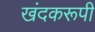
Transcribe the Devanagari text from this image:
खंदकरूपी